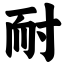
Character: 耐